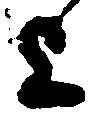
上